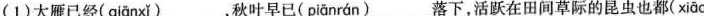
(1)大雁已经( qiǎnxǐ )___，秋叶早已( piǎnrán )___落下，活跃在田间草际的昆虫也都( xiāo